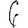
Digit: 6